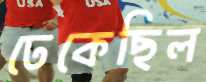
ঢেকেছিল